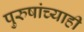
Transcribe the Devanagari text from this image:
पुरुषांच्याही